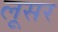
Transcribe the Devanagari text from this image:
लूसर